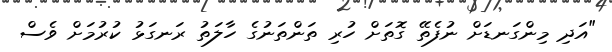
"އަދި މިންގަނޑަށް ނުފެތޭ ގޮތަށް ހުރި ތަންތަނުގެ ހާލަތު ރަނގަޅު ކުރުމަށް ވެސް